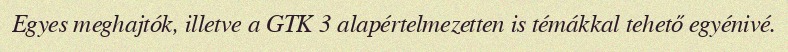
Egyes meghajtók, illetve a GTK 3 alapértelmezetten is témákkal tehető egyénivé.